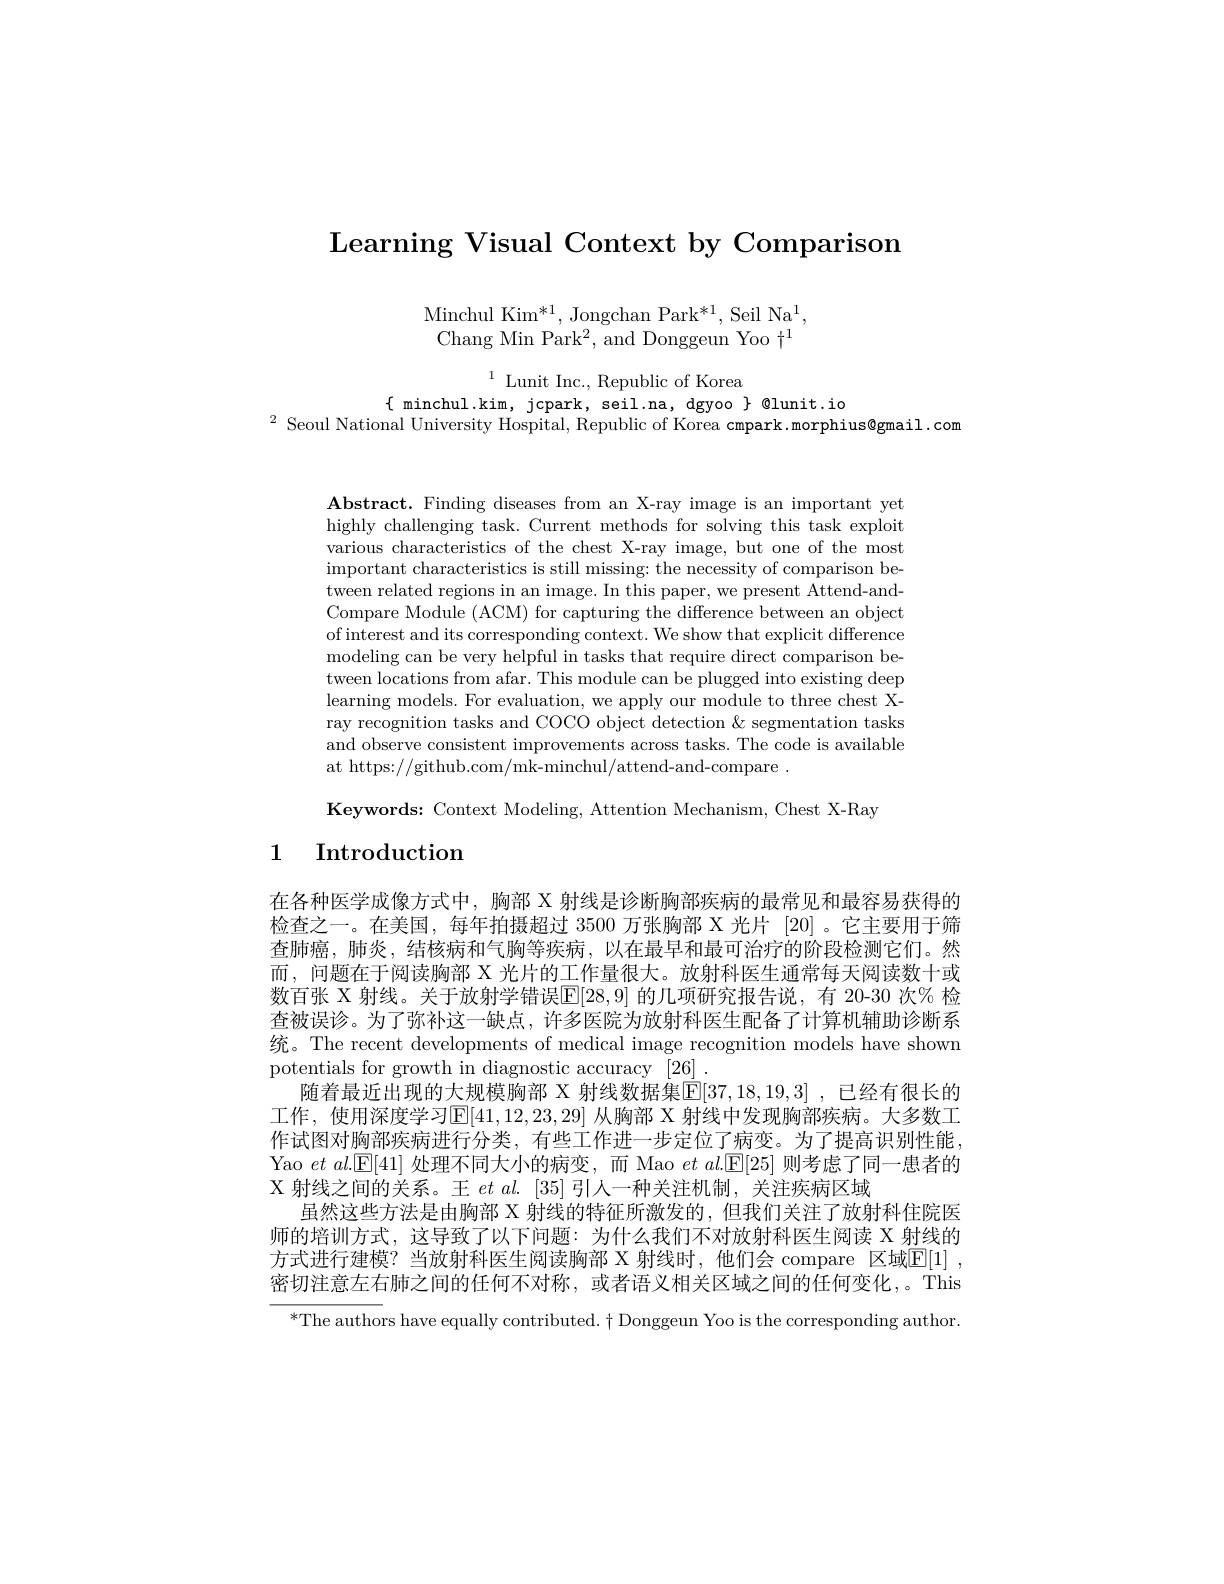
Learning Visual Context by Comparison

Minchul Ki$m^{* 1}$, Jongchan Par$k^{* 1}$, Seil N$a^{1}$, Chang Min Park$^2$, and Donggeun Yoo $\dagger^1$

$^{1}$ Lunit Inc., Republic of Korea
$\{$ minchul.kim, jcpark, seil.na, dgyoo $\}$ @lunit.io
$^{2}$ Seoul National University Hospital, Republic of Korea cmpark.morphius@gmail.com

$\mathbf{Abstract.~Finding~diseases~from~an~X-ray~image~is~an~important~yet}$ highly challenging task. Current methods for solving this task exploit various characteristics of the chest X-ray image, but one of the most important characteristics is still missing: the necessity of comparison between related regions in an image. In this paper, we present Attend-andCompare Module (ACM) for capturing the difference between an object of interest and its corresponding context. We show that explicit difference modeling can be very helpful in tasks that require direct comparison between locations from afar. This module can be plugged into existing deep learning models. For evaluation, we apply our module to three chest Xray recognition tasks and COCO object detection & segmentation tasks and observe consistent improvements across tasks. The code is available at https://github.com/mk-minchul/attend-and-compare~.

Keywords: Context Modeling, Attention Mechanism, Chest X-Ray
1 Introduction

在各种医学成像方式中，胸部 X 射线是诊断胸部疾病的最常见和最容易获得的检查之一。在美国，每年拍摄超过 3500 万张胸部 X 光片 [20] 。它主要用于筛查肺癌，肺炎，结核病和气胸等疾病，以在最早和最可治疗的阶段检测它们。然而，问题在于阅读胸部 X 光片的工作量很大。放射科医生通常每天阅读数十或数百张 X 射线。关于放射学错误$\mathbb{E}[28,9]$ 的几项研究报告说，有 20-30 次% 检查被误诊。为了弥补这一缺点，许多医院为放射科医生配备了计算机辅助诊断系统。The recent developments of medical image recognition models have shown potentials for growth in diagnostic accuracy [26] .
随着最近出现的大规模胸部 X 射线数据集$\mathbb{E}[37,18,19,3]$ ,已经有很长的工作，使用深度学习$\mathbb{E}[41,12,23,29]$ 从胸部 X 射线中发现胸部疾病。大多数工作试图对胸部疾病进行分类，有些工作进一步定位了病变。为了提高识别性能Yao $et$ $al.[\mathbb{E}[41]$处理不同大小的病变，而 Mao $et\textit{al. [ E[ 25] 则 考 虑 了 同 一 患 者 的 }$ X 射线之间的关系。王$et\textit{al. }[ 35]$引人一种关注机制，关注疾病区域
虽然这些方法是由胸部 X 射线的特征所激发的，但我们关注了放射科住院医师的培训方式，这导致了以下问题：为什么我们不对放射科医生阅读 X 射线的方式进行建模？当放射科医生阅读胸部 X 射线时，他们会 compare 区域$\overline {\mathbb{E} }[ 1]$ , 密切注意左右肺之间的任何不对称，或者语义相关区域之间的任何变化，。This
$^*$The authors have equally contributed. $\dagger$ Donggeun Yoo is the corresponding author.